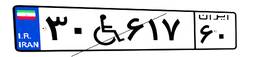
۳۰W۶۱۷۶۰